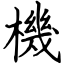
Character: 機